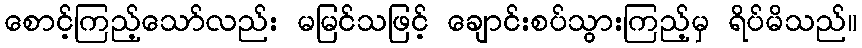
စောင့်ကြည့်သော်လည်း မမြင်သဖြင့် ချောင်းစပ်သွားကြည့်မှ ရိပ်မိသည်။